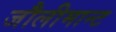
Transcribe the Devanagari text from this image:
जौलीमान्‍ट